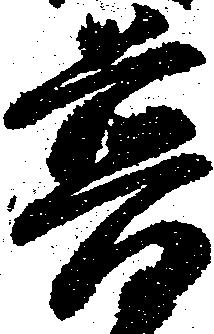
普